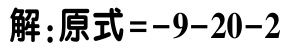
解：原式\(=-9 - 20 - 2\)